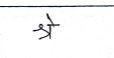
मजकूर: श्रे